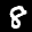
Label: 8